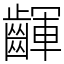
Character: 齳